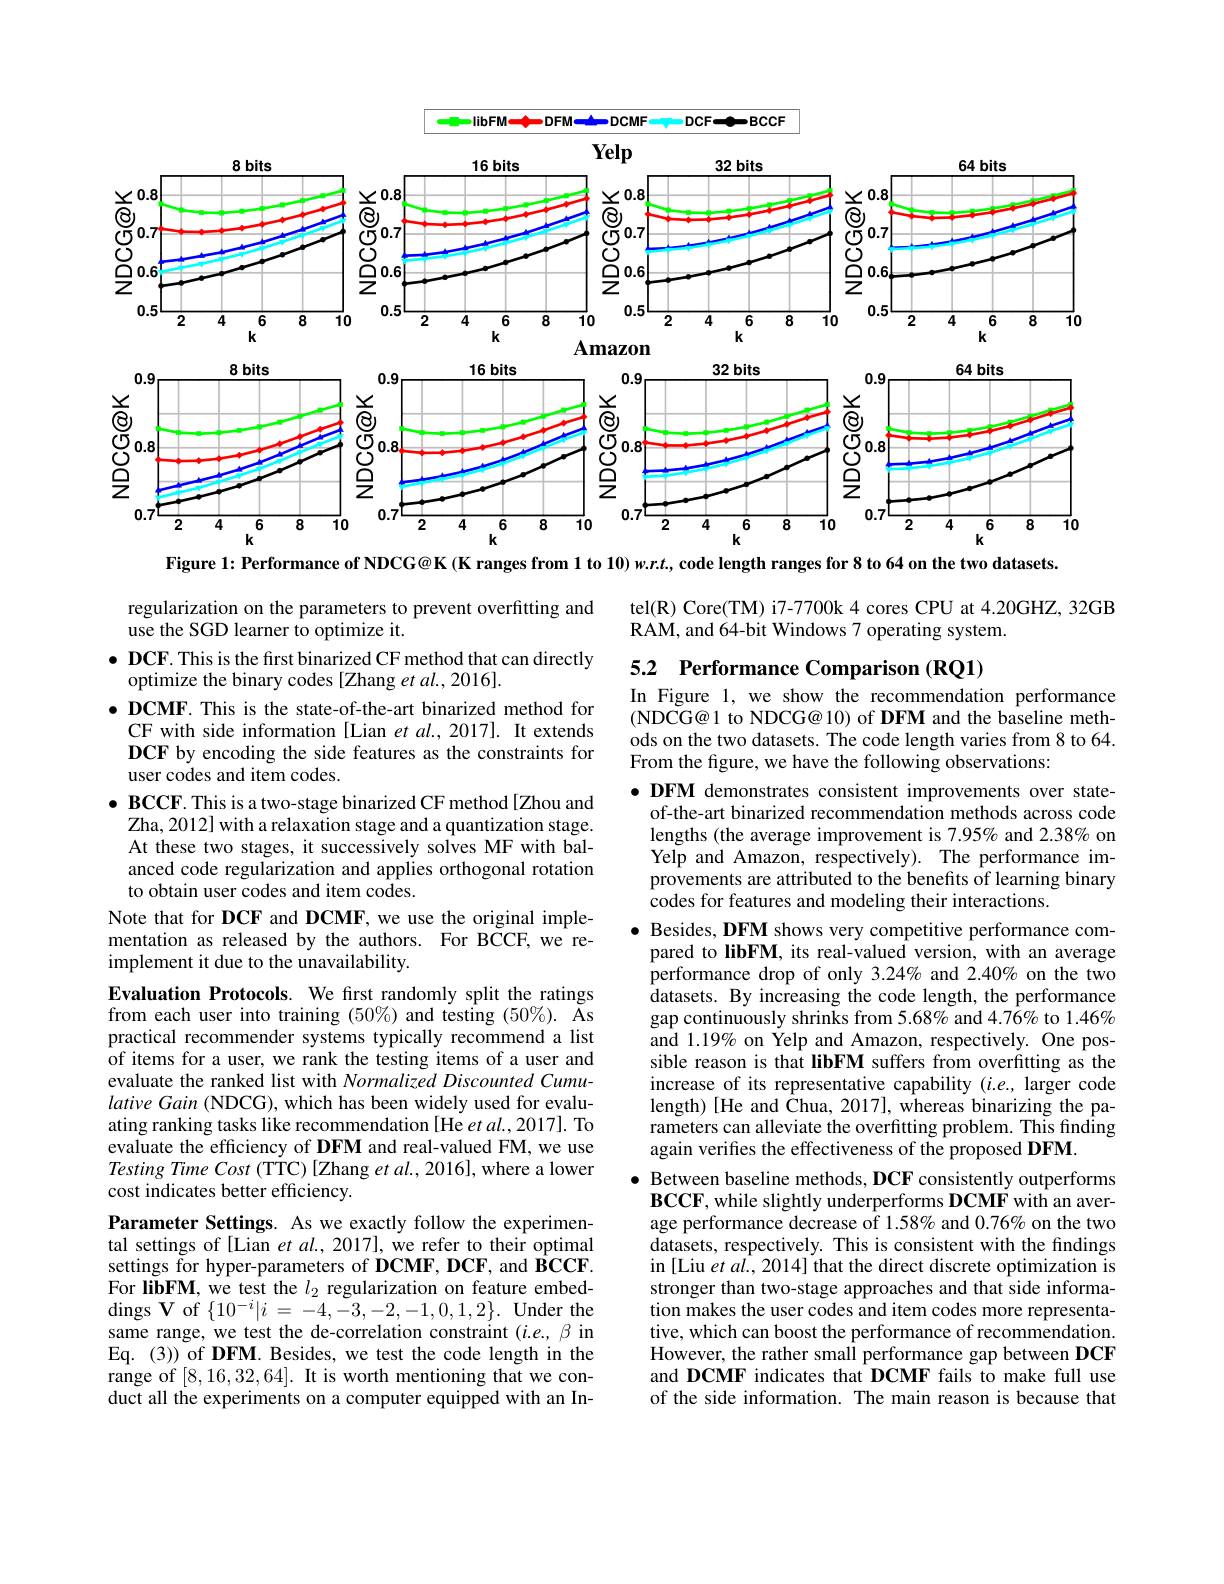
<FigureHere>

Figure 1: Performance of NDCG@K (K ranges from 1 to 10) w.r.t, code length ranges for 8 to 64 on the two datasets.

tel(R) Core(TM) i7-7700k 4 cores CPU at 4.20GHZ, 32GB
RAM, and 64-bit Windows 7 operating system.

5.2 Performance Comparison (RQ1)

In Figure 1, we show the recommendation performance (NDCG@ 1 to NDCG@ 10) of DFM and the baseline meth- ods on the two datasets. The code length varies from 8 to 64 From the figure, we have the following observations:

regularization on the parameters to prevent overfitting and
use the SGD learner to optimize it.
$\bullet \textbf{ DCF. This is the first binarized CF method that can directly}$
optimize the binary codes [Zhang et al., 2016].
$\bullet \textbf{DCMF. This is the state- of- the- art binarized method for}$
CF with side information [Lian et al.,2017]. It extends DCF by encoding the side features as the constraints for user codes and item codes.
$\bullet \textbf{ BCCF. This is a two- stage binarized CF method[ Zhou and] }$ Zha, 2012] with a relaxation stage and a quantization stage. At these two stages, it successively solves MF with balanced code regularization and applies orthogonal rotation to obtain user codes and item codes.
Note that for DCF and DCMF, we use the original implementation as released by the authors. For BCCF, we reimplement it due to the unavailability.
Evaluation Protocols. We first randomly split the ratings from each user into training (50%) and testing (50%). As practical recommender systems typically recommend a list of items for a user, we rank the testing items of a user and evaluate the ranked list with Normalized Discounted Cumulative Gain (NDCG), which has been widely used for evaluating ranking tasks like recommendation [He $etal.,2017].$ To evaluate the efficiency of DFM and real-valued FM, we use Testing Time Cost (TTC) [Zhang et al., 2016], where a lower cost indicates better efficiency.
Parameter Settings. As we exactly follow the experimental settings of [Lian et al., 2017], we refer to their optimal settings for hyper-parameters of DCMF, DCF, and BCCF. For libFM, we test the $l_2$ regularization on feature embeddings V of $\{ 10^{- i}| i$ = $- 4, - 3, - 2, - 1, 0, 1, 2\} .$ Under the same range, we test the de-correlation constraint $(i.e.,\beta$ in Eq. (3)) of DFM. Besides, we test the code length in the range of $[ 8, 16, 32, 64] . \textbf{It is worth mentioning that we con- }$ duct all the experiments on a computer equipped with an In-

$\bullet \textbf{DFM demonstrates consistent improvements over state- }$
of-the-art binarized recommendation methods across code lengths (the average improvement is 7.95% and 2.38% on Yelp and Amazon, respectively). The performance improvements are attributed to the benefits of learning binary codes for features and modeling their interactions.
$\bullet$ Besides, DFM shows very competitive performance com-
pared to libFM, its real-valued version, with an average performance drop of only 3.24% and 2.40% on the two datasets. By increasing the code length, the performance gap continuously shrinks from 5.68% and 4.76% to 1.46% and 1.19% on Yelp and Amazon, respectively. One possible reason is that libFM suffers from overfitting as the increase of its representative capability $(i.e.$, larger code length)[He and $\hat{\text{Chua,2017],whereas binarizing the pa-}}$ rameters can alleviate the overfitting problem. This finding again verifies the effectiveness of the proposed DFM.
$\bullet$ Between baseline methods, DCF consistently outperforms
$\textbf{BCCF, while slightly underperforms DCMF with an aver- }$ age performance decrease of 1.58% and 0.76% on the two datasets, respectively. This is consistent with the findings in [Liu et al., 2014] that the direct discrete optimization is stronger than two-stage approaches and that side information makes the user codes and item codes more representative, which can boost the performance of recommendation. However, the rather small performance gap between DCF and DCMF indicates that DCMF fails to make full use of the side information. The main reason is because that